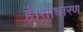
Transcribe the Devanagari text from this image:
है।साधारण